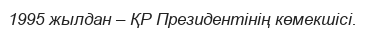
1995 жылдан – ҚР Президентінің көмекшісі.